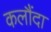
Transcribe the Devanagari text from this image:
कलौंदा